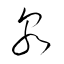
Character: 泉